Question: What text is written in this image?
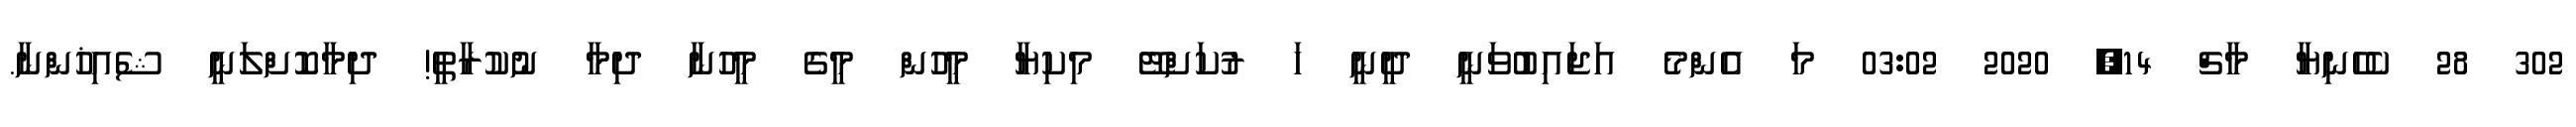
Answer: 302 28 ކެހެނިޔާ މާޗް 14, 2020 03:02 މަ އެންމެ އަޖައިބުވަނީ ދީނީ ހަ ރުކަށްޓޭ މިކިޔާ މީހުން މީގެ މީހުނާ ދިމާ ނުކުރާތީ! ދިމާކޮށްލަނީ ޝެއިޚުންނާ.